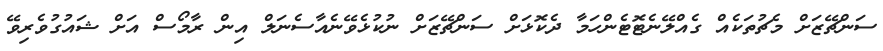
ސަންޗޭޒަށް މެޗުތަކެއް ގެއްލޭނެޓޮޓެންހަމާ ދެކޮޅަށް ސަންޗޭޒަށް ނުކުޅެވޭނެއާސެނަލް އިން ރާމޯސް އަށް ޝައުގުވެރިވޭ